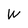
Character: W